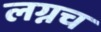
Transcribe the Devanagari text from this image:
लग्नच